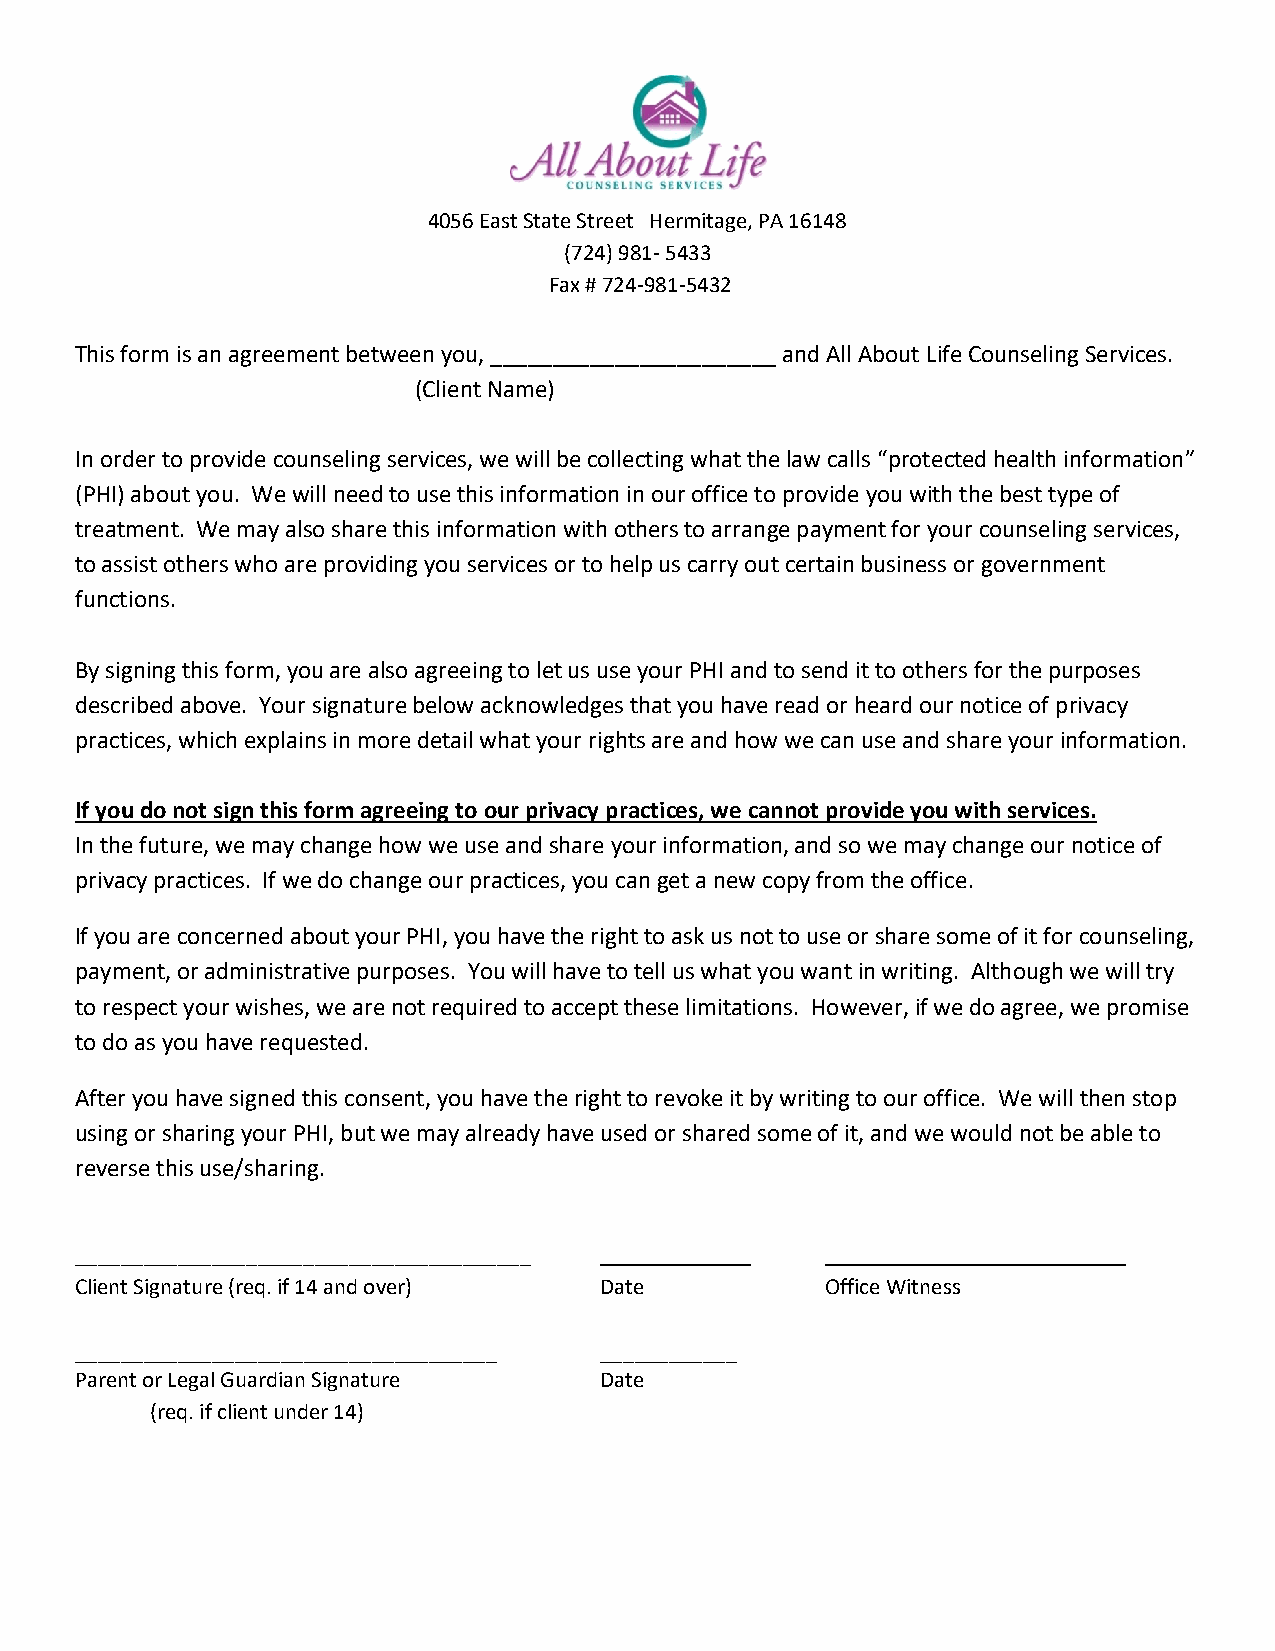
4056 East State Street Hermitage, PA 16148
 (724) 981- 5433
 Fax # 724-981-5432
 This form is an agreement between you, _______________________ and All About Life Counseling Services.
 (Client Name)
 In order to provide counseling services, we will be collecting what the law calls “protected health information”
 (PHI) about you. We will need to use this information in our office to provide you with the best type of
 treatment. We may also share this information with others to arrange payment for your counseling services,
 to assist others who are providing you services or to help us carry out certain business or government
 functions.
 By signing this form, you are also agreeing to let us use your PHI and to send it to others for the purposes
 described above. Your signature below acknowledges that you have read or heard our notice of privacy
 practices, which explains in more detail what your rights are and how we can use and share your information.
 If you do not sign this form agreeing to our privacy practices, we cannot provide you with services.
 In the future, we may change how we use and share your information, and so we may change our notice of
 privacy practices. If we do change our practices, you can get a new copy from the office.
 If you are concerned about your PHI, you have the right to ask us not to use or share some of it for counseling,
 payment, or administrative purposes. You will have to tell us what you want in writing. Although we will try
 to respect your wishes, we are not required to accept these limitations. However, if we do agree, we promise
 to do as you have requested.
 After you have signed this consent, you have the right to revoke it by writing to our office. We will then stop
 using or sharing your PHI, but we may already have used or shared some of it, and we would not be able to
 reverse this use/sharing.
 ________________________________________
 Client Signature (req. if 14 and over) Date       Office Witness
 _____________________________________ ____________
 Parent or Legal Guardian Signature Date
 (req. if client under 14)